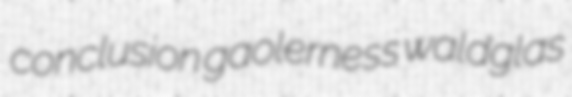
conclusion gaolerness waldglas